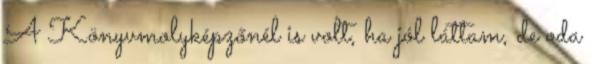
A Könyvmolyképzőnél is volt, ha jól láttam, de oda